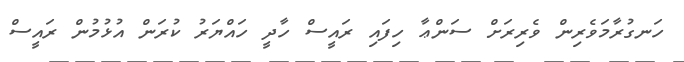
ހަނގުރާމަވެރިން ވެރިރަށް ސަންޢާ ހިފައި ރައީސް ހާދީ ހައްޔަރު ކުރަން އުޅުމުން ރައީސް